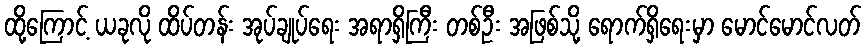
ထို့ကြောင့် ယခုလို ထိပ်တန်း အုပ်ချုပ်ရေး အရာရှိကြီး တစ်ဦး အဖြစ်သို့ ရောက်ရှိရေးမှာ မောင်မောင်လတ်